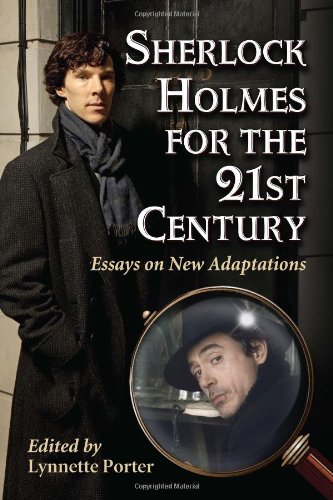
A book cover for Sherlock Holmes for the 21st Century: Essays on New Adaptations; Lynnette Porter; Humor & Entertainment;